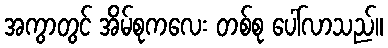
အကွာတွင် အိမ်စုကလေး တစ်စု ပေါ်လာသည်။